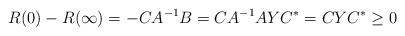
LaTeX: \begin{align*} R(0) - R(\infty) = -CA^{-1}B = CA^{-1}AYC^* = CYC^* \geq 0 \end{align*}